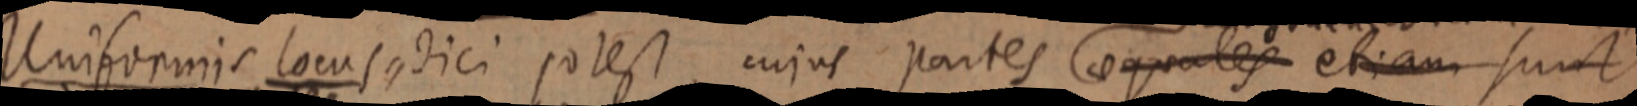
Uniformis locus dici potest cujus partes aequales etiam sunt